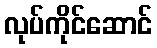
လုပ်ကိုင်ဆောင်